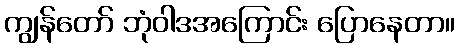
ကျွန်တော် ဘုံဝါဒအကြောင်း ပြောနေတာ။